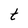
Character: t